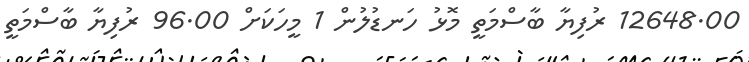
12648.00 ރުފިޔާ ބާސްމަތީ މޮޅު ހަނޑުލުން 1 މީހަކަށް 96.00 ރުފިޔާ ބާސްމަތީ